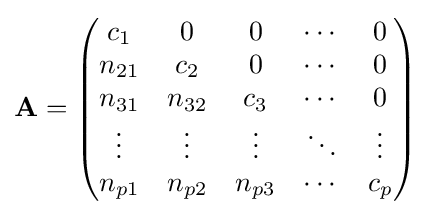
\mathbf {A} ={\begin{pmatrix}c_{1}&0&0&\cdots &0\\n_{21}&c_{2}&0&\cdots &0\\n_{31}&n_{32}&c_{3}&\cdots &0\\\vdots &\vdots &\vdots &\ddots &\vdots \\n_{p1}&n_{p2}&n_{p3}&\cdots &c_{p}\end{pmatrix}}